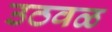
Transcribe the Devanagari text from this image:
उठवळ